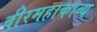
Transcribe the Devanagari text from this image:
वीरमहाकाव्य